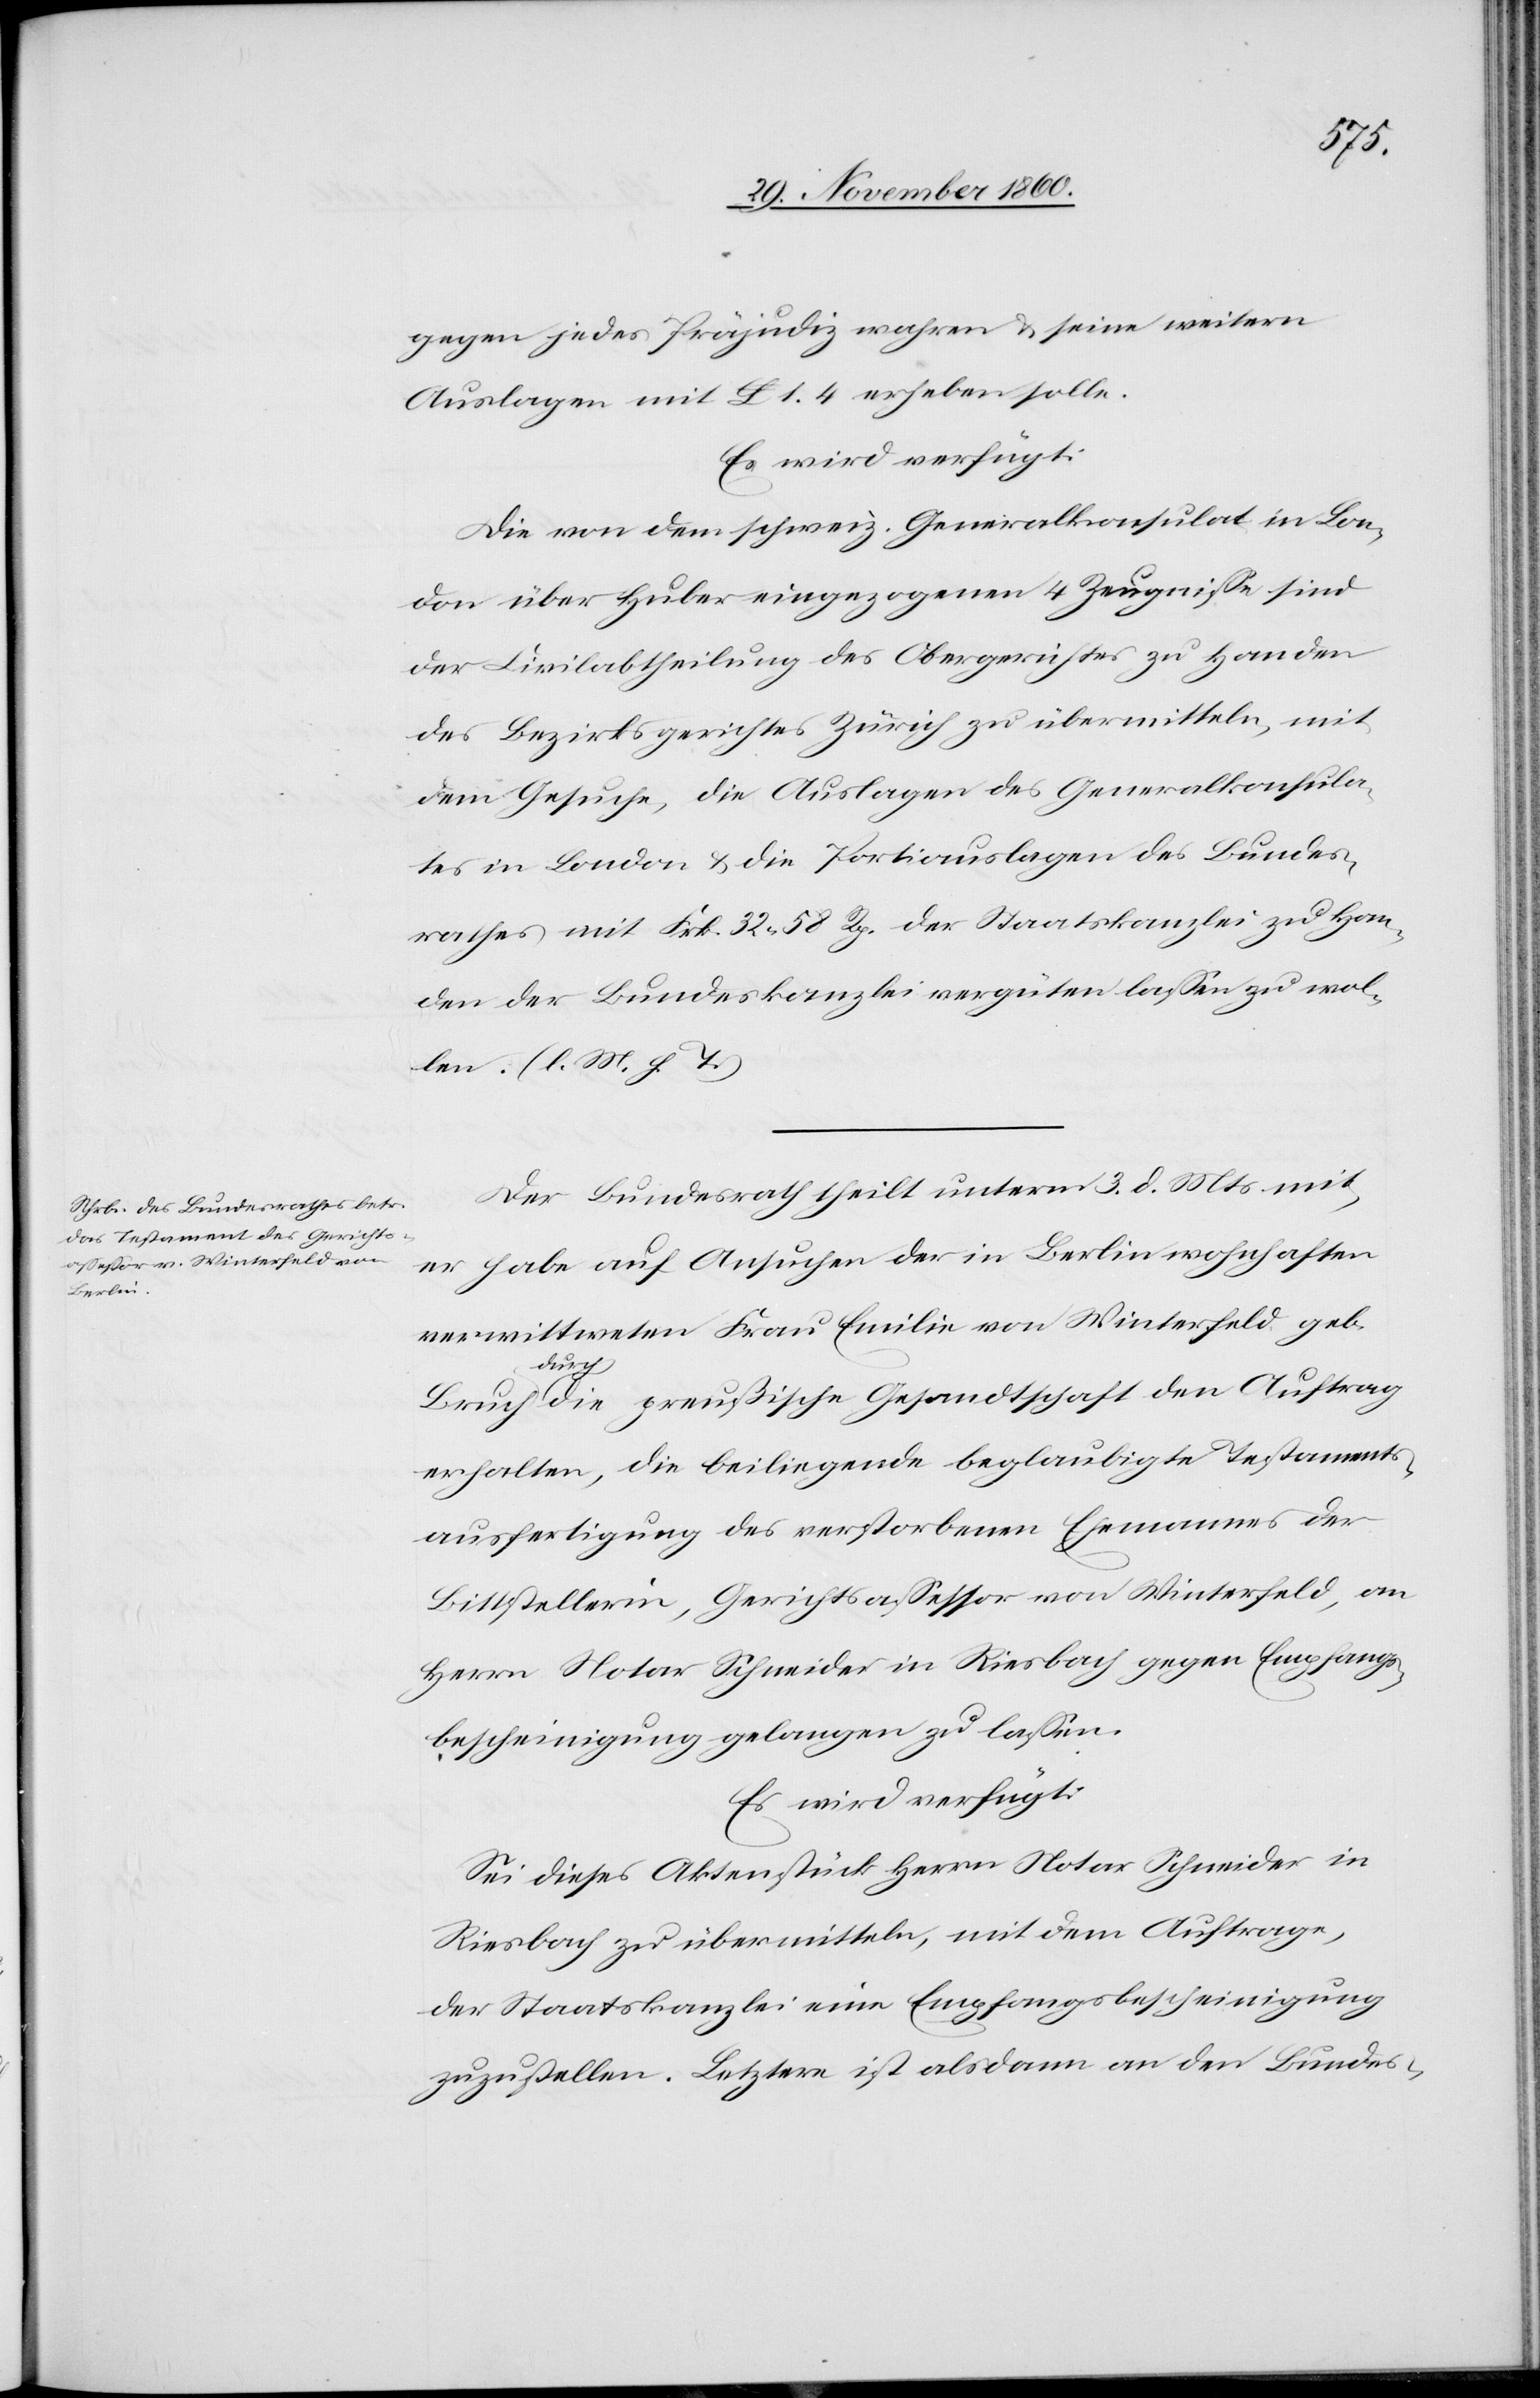
5. December 1860.]
gegen jedes Präjudiz wahren u. seine weitern
Auslagen mit £ 1.4 erheben solle.
Es wird verfügt:
Die von dem schweiz. Generalkonsulat in Lon¬
don über Huber eingezogenen 4 Zeugnisse sind
der Civilabtheilung des Obergerichtes zu Handen
des Bezirksgerichtes Zürich zu übermitteln, mit
dem Gesuche, die Auslagen des Generalkonsula¬
tes in London u. die Portiauslagen des Bundes¬
rathes mit Frk. 32 58 Rp. der Staatskanzlei zu Han¬
den der Bundeskanzlei vergüten lassen zu wol¬
len. (l. M. h. T.)
Der Bundesrath theilt unterm 3. d. Mts. mit,
er habe auf Ansuchen der in Berlin wohnhaften
verwittweten Frau Emilie von Winterfeld, geb.
Bruch
durch die preußische Gesandtschaft den Auftrag
erhalten, die beiliegende beglaubigte Testaments¬
ausfertigung des verstorbenen Ehemannes der
Bittstellerin, Gerichtassessor von Winterfeld, an
Herrn Notar Schneider in Riesbach gegen Empfangs¬
bescheinigung gelangen zu lassen.
es wird verfügt.
Sei dieses Aktenstück Herrn Notar Schneider in
Riesbach zu übermitteln, mit dem Auftrage,
der Staatskanzlei eine Empfangsbescheinigung
zuzustellen. Letztere ist alsdann an den Bundes-